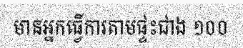
មានអ្នកធ្វើការតាមផ្ទះជាង ១០០